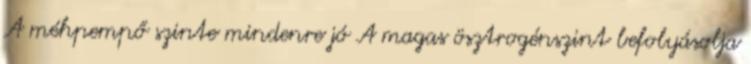
A méhpempő szinte mindenre jó A magas ösztrogénszint befolyásolja